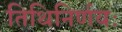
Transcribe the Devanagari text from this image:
तिथिनिर्णयः